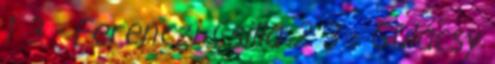
1 3 - Ferenczi Csilla 2 3 - Gulácsy